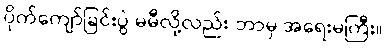
ပိုက်ကျော်ခြင်းပွဲ မမီလို့လည်း ဘာမှ အရေးမကြီး။